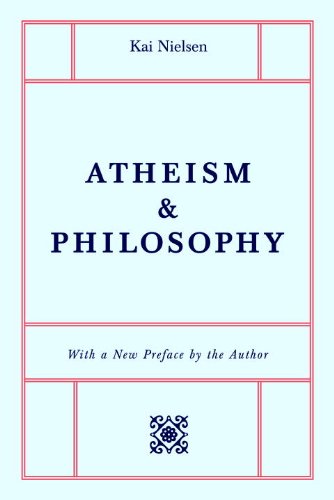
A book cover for Atheism & Philosophy; Kai Nielsen; Religion & Spirituality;